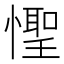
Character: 𪬮